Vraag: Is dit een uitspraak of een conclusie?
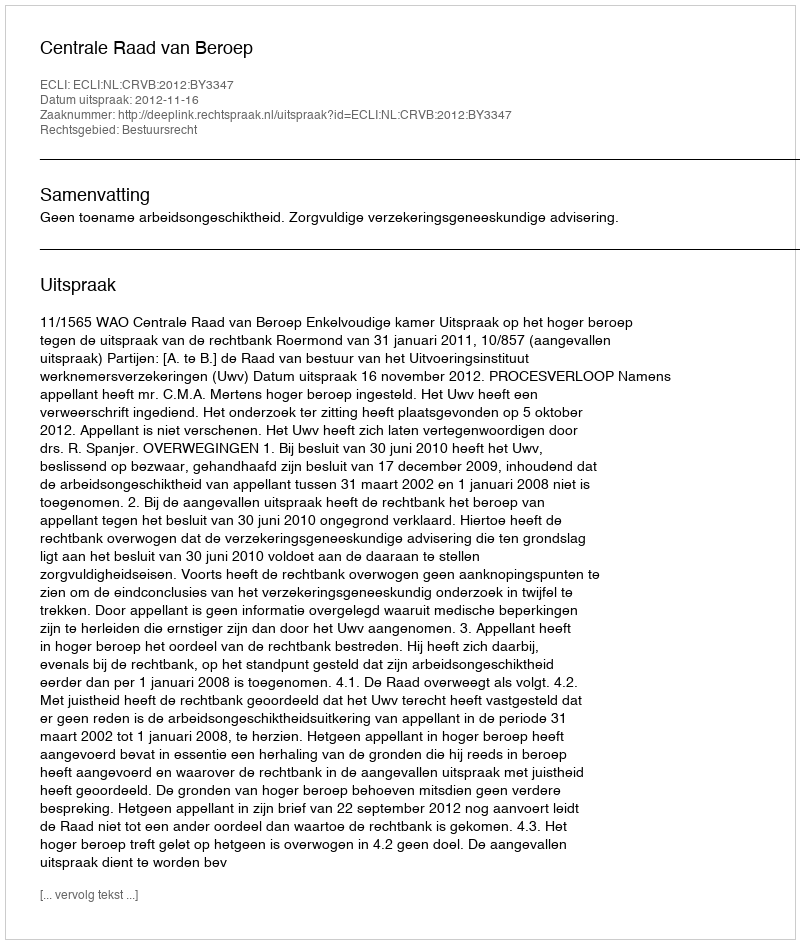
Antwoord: Uitspraak